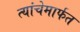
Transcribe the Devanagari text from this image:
त्यांचेमार्फत